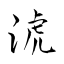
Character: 淲